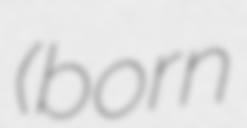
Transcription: (born